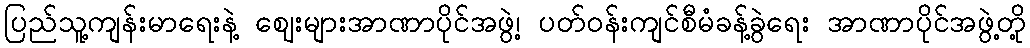
ပြည်သူ့ကျန်းမာရေးနဲ့ ဈေးများအာဏာပိုင်အဖွဲ့၊ ပတ်ဝန်းကျင်စီမံခန့်ခွဲရေး အာဏာပိုင်အဖွဲ့တို့